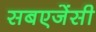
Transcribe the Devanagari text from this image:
सबएजेंसी